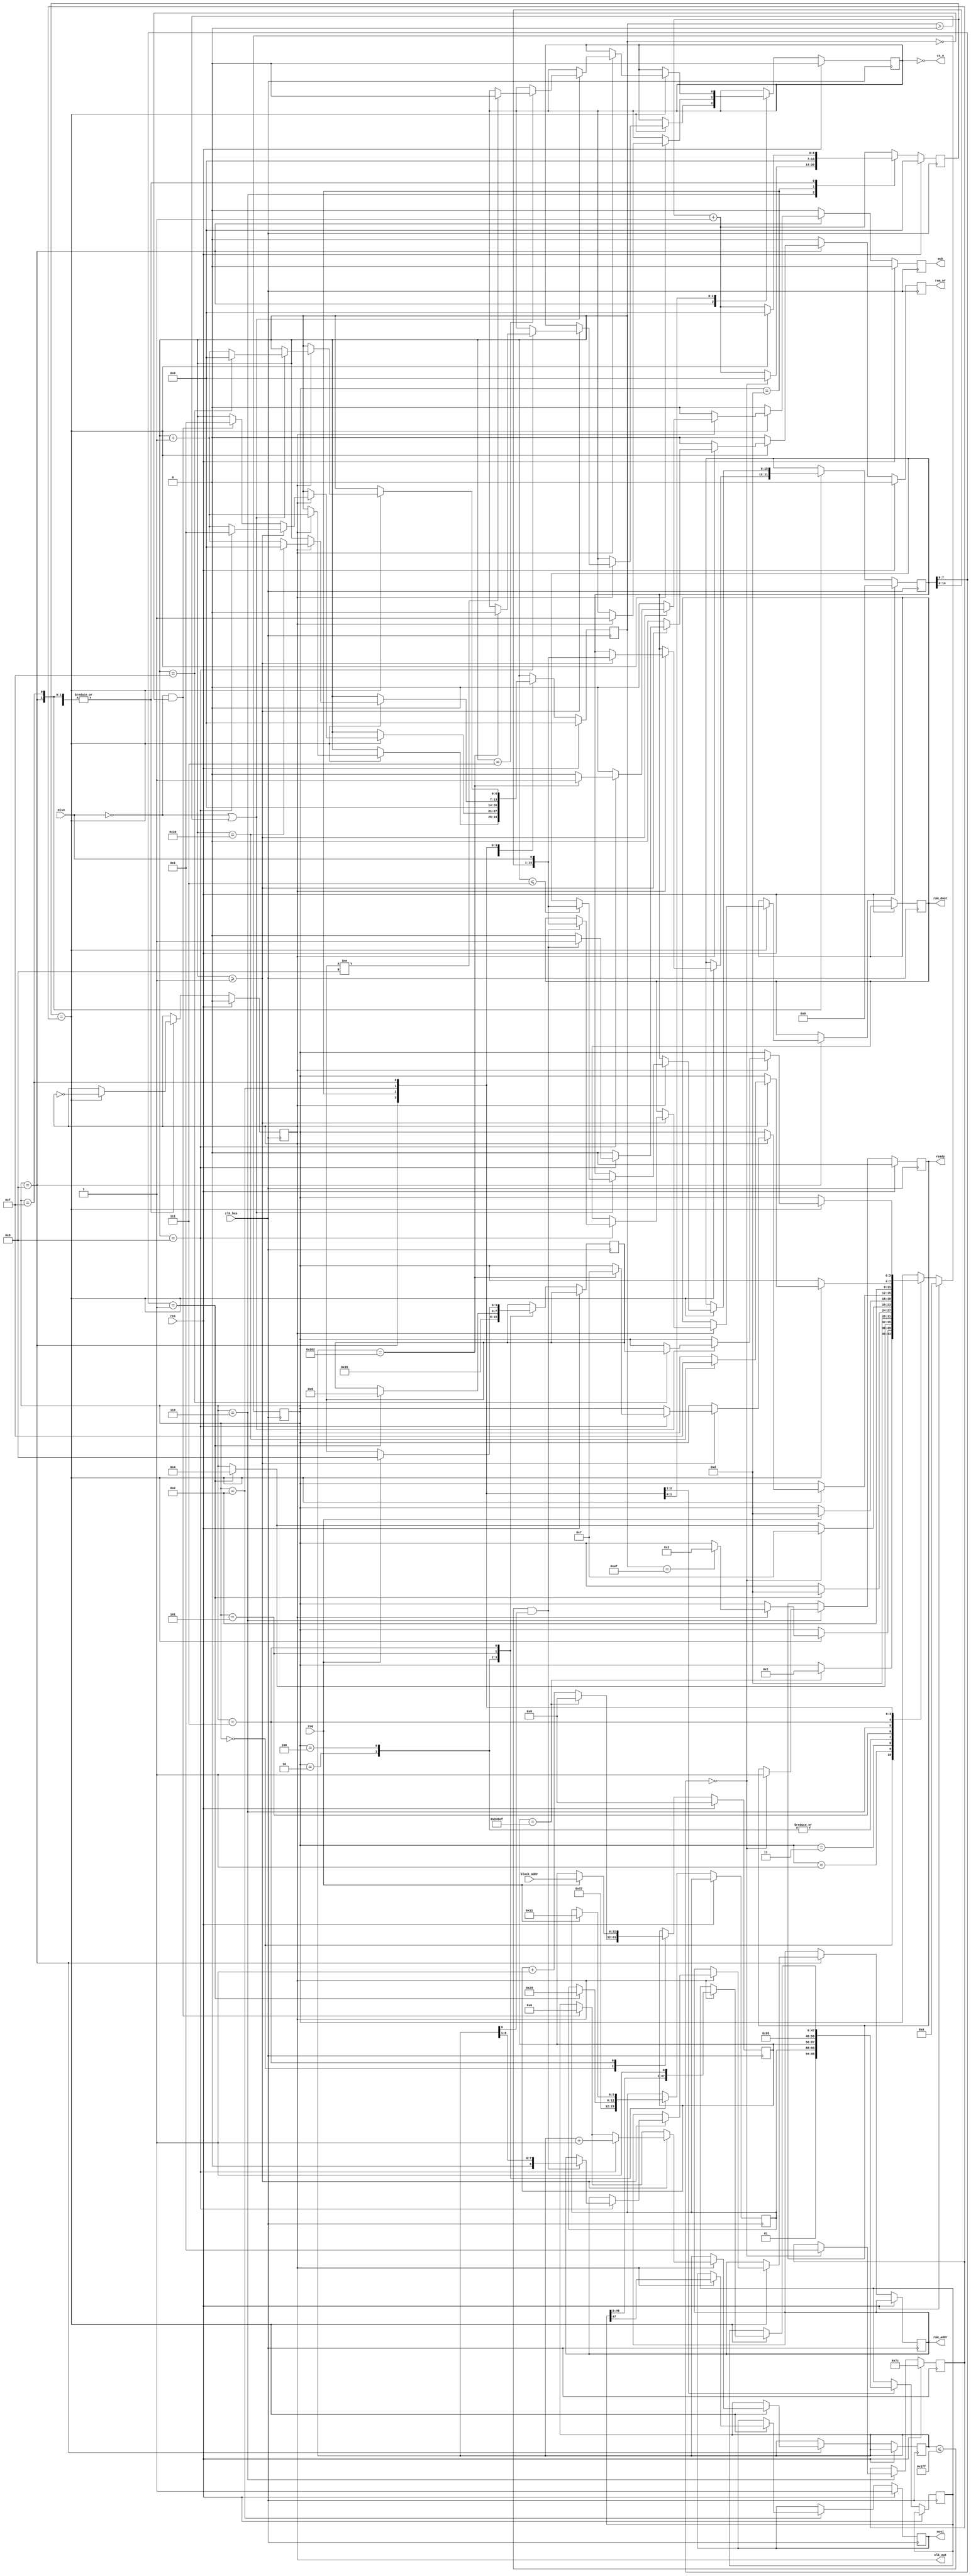
module sd_controller(
  clk_bus, // 100mhz

  res,
  ready,

  cs_n,
  miso,
  mosi,
  clk_out,

  block_addr,
  req,
  ack,

  ram_addr,
  ram_dout,
  ram_wr
);

input clk_bus;

input res;
output reg ready;

output cs_n;
input miso;
output reg mosi;
output reg clk_out;

input [31:0] block_addr;
input req;
output reg ack;

output reg [8:0] ram_addr;
output reg [15:0] ram_dout;
output reg ram_wr;

reg oe;
reg [3:0] state_next;
reg [3:0] state;
reg [6:0] clk_div;
reg [5:0] cmd_index;
reg [31:0] cmd_arg;
reg [47:0] cmd_send;
reg [6:0] count;
reg [9:0] byte_count;
reg [6:0] clk_cnt;
reg [15:0] resp;

assign cs_n = ~oe;

`define SD_STATE_WAIT_START 4'd0
`define SD_STATE_SELECT 4'd1
`define SD_STATE_RESET 4'd2
`define SD_STATE_RESET_CONF 4'd3
`define SD_STATE_INIT_PREFIX 4'd4
`define SD_STATE_INIT 4'd5
`define SD_STATE_INIT_CONF 4'd6
`define SD_STATE_IDLE 4'd7
`define SD_STATE_READ_BLOCK 4'd8

`define SD_STATE_PREP_SEND 4'd13
`define SD_STATE_SEND 4'd14
`define SD_STATE_RECV 4'd15

always @(posedge clk_bus) begin
  ram_wr <= 1'b0;
  ack <= 1'b0;

  if (res) begin
    clk_out <= 1'b0;
    mosi <= 1'b1;
    oe <= 1'b0;
    state <= `SD_STATE_WAIT_START;
    clk_div <= 7'd0;
    count <= 7'd0;
    cmd_arg <= 32'd0;
    clk_cnt <= 7'd124;
    ready <= 1'b0;
    resp <= 16'd0;
  end else begin
    clk_div <= clk_div + 7'd1;

    case (state)
      `SD_STATE_WAIT_START: begin
        // use this huge-ass thing as a counter
        cmd_arg <= cmd_arg + 32'd1;

        // wait 1.5ms
        if (cmd_arg == 32'd149999) begin
          cmd_arg <= 32'd0;
          state <= `SD_STATE_SELECT;
        end
      end

      `SD_STATE_SELECT: begin
        if (clk_div == clk_cnt) begin
          clk_div <= 7'd0;
          clk_out <= ~clk_out;

          // falling edge
          if (clk_out) begin
            count <= count + 7'd1;

            if (count == 7'd79) begin
              state <= `SD_STATE_RESET;
            end
          end
        end
      end

      `SD_STATE_RESET: begin
        state <= `SD_STATE_PREP_SEND;
        state_next <= `SD_STATE_RESET_CONF;

        cmd_index <= 6'd0;
      end

      `SD_STATE_RESET_CONF: begin
        if (resp[7:0]== 8'b00000001) begin
          state <= `SD_STATE_INIT_PREFIX;
        end
      end

      `SD_STATE_INIT_PREFIX: begin
        state <= `SD_STATE_PREP_SEND;
        state_next <= `SD_STATE_INIT;

        cmd_index <= 6'd55;
      end

      `SD_STATE_INIT: begin
        if (resp[7:0] == 8'b00000001) begin
          state <= `SD_STATE_PREP_SEND;
          state_next <= `SD_STATE_INIT_CONF;

          cmd_index <= 6'd41;
        end
      end

      `SD_STATE_INIT_CONF: begin
        if (resp[7:0] == 8'b00000000) begin
          state <= `SD_STATE_IDLE;
          ready <= 1'b1;
          clk_div <= 7'd0;
          clk_cnt <= 7'd1;
        end else if (resp[7:0] == 8'b00000001) begin
          state <= `SD_STATE_INIT_PREFIX;
        end
      end

      `SD_STATE_IDLE: begin
        if (clk_div == clk_cnt) begin
          clk_div <= 7'd0;
          clk_out <= ~clk_out;
        end

        if (req) begin
          state <= `SD_STATE_PREP_SEND;
          state_next <= `SD_STATE_READ_BLOCK;
          cmd_index <= 6'd17;
          // read block 0
          cmd_arg <= block_addr;
        end
      end

      `SD_STATE_READ_BLOCK: begin
        if (clk_div == clk_cnt) begin
          clk_div <= 7'd0;
          clk_out <= ~clk_out;

          // falling edge
          if (clk_out) begin
            if (miso == 1'b0 && count == 7'd0) begin
              count <= 7'd1;
              byte_count <= 10'd0;
            end

            if (count >= 7'd1) begin
              count <= count + 7'd1;
              resp <= {resp[14:0], miso};

              if (count == 7'd8) begin
                count <= 7'd1;
                byte_count <= byte_count + 10'd1;

                // crazy logic to convert 8-bit to 16-bit
                if (byte_count <= 10'd511 && byte_count[0]) begin
                  ram_addr <= {1'b0, byte_count[8:1]};
                  ram_dout <= {resp[14:0], miso};
                  ram_wr <= 1'b1;
                end
                // 512 bytes + 2 crc bytes + 1 delay byte
                if (byte_count == 10'd514) begin
                  state <= `SD_STATE_IDLE;
                  oe <= 1'b0;
                  ack <= 1'b1;
                end
              end
            end
          end
        end
      end

      `SD_STATE_PREP_SEND: begin
        state <= `SD_STATE_SEND;
        clk_div <= 7'd0;
        count <= 7'd0;

        cmd_send <= {2'b01, cmd_index, cmd_arg, 8'h95};
      end

      `SD_STATE_SEND: begin
        if (clk_div == clk_cnt) begin
          clk_div <= 7'd0;
          clk_out <= ~clk_out;

          // falling edge
          if (clk_out) begin
            oe <= 1'b1;
            count <= count + 7'd1;

            mosi <= cmd_send[47];
            cmd_send <= {cmd_send[46:0], 1'b1};
            if (count == 7'd48) begin
              count <= 7'd0;
              state <= `SD_STATE_RECV;
            end
          end
        end
      end

      `SD_STATE_RECV: begin
        if (clk_div == clk_cnt) begin
          clk_div <= 7'd0;
          clk_out <= ~clk_out;

          // falling edge
          if (clk_out) begin
            if (miso == 1'b0 || count > 7'd0) begin
              count <= count + 7'd1;

              
              if (count <= 7'd7) begin
                resp <= {resp[14:0], miso};
              end

              if (count == 7'd7) begin
                if (state_next != `SD_STATE_READ_BLOCK) begin
                  oe <= 1'b0;
                end
              end

              if (count == 7'd15) begin
                // give the card an extra 8 cycles of breathing room before
                // another possible command
                count <= 7'd0;
                state <= state_next;
              end
            end
          end
        end
      end
    endcase
  end
end

endmodule